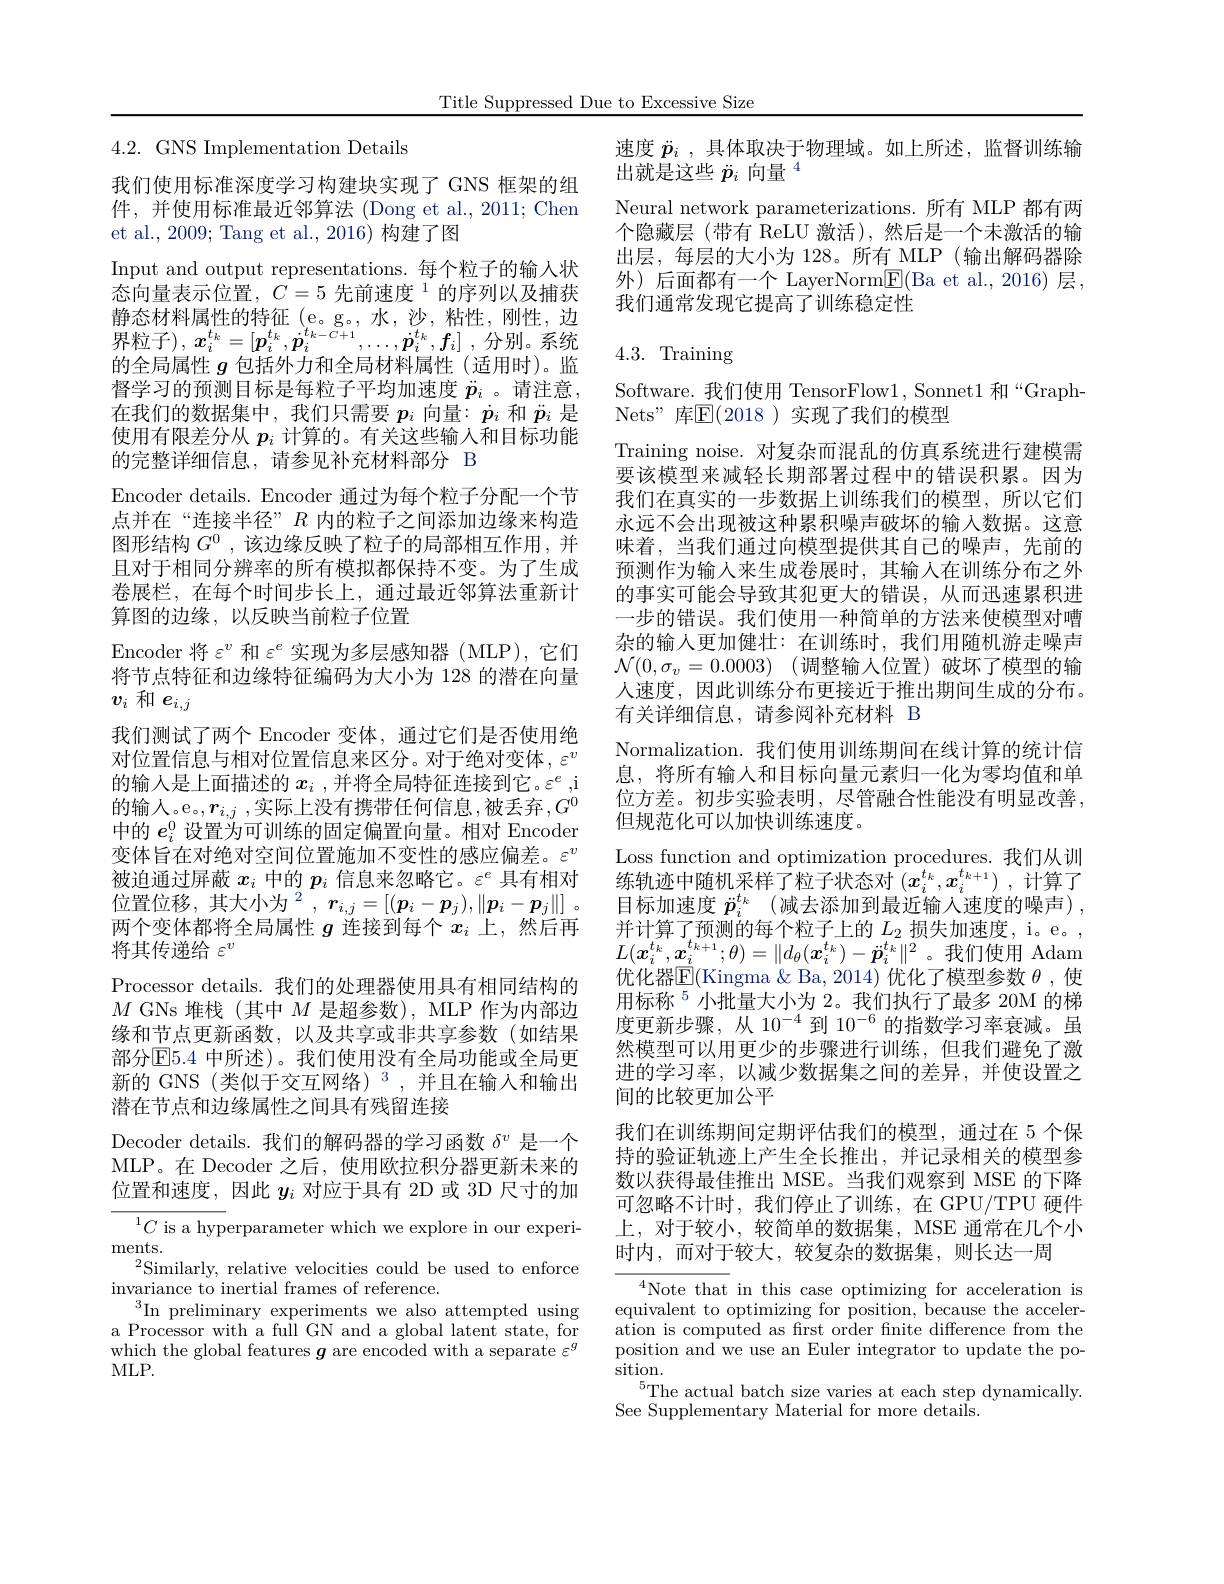
Title Suppressed Due to Excessive Size

$4.2.{\mathrm{~GNS~Implementation~Details}}$

我们使用标准深度学习构建块实现了 GNS 框架的组件，并使用标准最近邻算法 (Dong et al., 2011; Chen et al., 2009; Tang et al., 2016) 构建了图
Input and output representations.每个粒子的输人状态向量表示位置，$C=5\text{ 先前速度}^{1}$的序列以及捕获静态材料属性的特征 (e。g。,水，沙，粘性，刚性，边的全局属性$g$包括外力和全局材料属性(适用时)。监督学习的预测目标是每粒子平均加速度$\ddot{p}_i$ 。请注意， 在我们的数据集中，我们只需要$p_i$向量：$\dot{p}_i$和$\ddot{p}_i$是使用有限差分从$p_i$计算的。有关这些输入和目标功能的完整详细信息，请参见补充材料部分 B
Encoder details. Encoder 通过为每个粒子分配一个节点并在“连接半径”$R$内的粒子之间添加边缘来构造图形结构$G^0$,该边缘反映了粒子的局部相互作用，并且对于相同分辨率的所有模拟都保持不变。为了生成卷展栏，在每个时间步长上，通过最近邻算法重新计算图的边缘，以反映当前粒子位置
Encoder 将$\varepsilon^v$和$\varepsilon^e$实现为多层感知器 (MLP),它们将节点特征和边缘特征编码为大小为 128 的潜在向量$v_i$和$e_i,j$
我们测试了两个 Encoder 变体，通过它们是否使用绝对位置信息与相对位置信息来区分。对于绝对变体，$\varepsilon^v$ 的输入是上面描述的$x_i$ ,并将全局特征连接到它。$\varepsilon^e$,i 的输入。e。$,\boldsymbol{r}_{i,j}$,实际上没有携带任何信息，被丢弃$,G^0$ 中的$e_i^0$设置为可训练的固定偏置向量。相对 Encoder 变体旨在对绝对空间位置施加不变性的感应偏差。$\varepsilon^v$ 被迫通过屏蔽$x_i$中的$p_i$信息来忽略它。$\varepsilon^e$具有相对位置位移，其大小为$^2, \boldsymbol{r}_{i, j}= [ ( \boldsymbol{p}_i- \boldsymbol{p}_j) , \| \boldsymbol{p}_i- \boldsymbol{p}_j\| ]$ 。两个变体都将全局属性$g$连接到每个$x_i$上，然后再将其传递给$\varepsilon^v$
Processor details. 我们的处理器使用具有相同结构的$M$ GNs 堆栈(其中$M$是超参数), MLP 作为内部边缘和节点更新函数，以及共享或非共享参数(如结果部分E5. 4 中所述)。我们使用没有全局功能或全局更新的 GNS (类似于交互网络)$^3$,并且在输入和输出潜在节点和边缘属性之间具有残留连接
Decoder details. 我们的解码器的学习函数$\delta^v$是一个MLP。在 Decoder 之后，使用欧拉积分器更新未来的位置和速度，因此$y_i$对应于具有 2D 或 3D 尺寸的加
${{\overline{C\text{ is a hyp}}}}$erparameter which we explore in our experi-
ments.

$^2$Similarly, relative velocities could be used to enforce
invariance to inertial frames of reference.
$^{3}$In preliminary experiments we also attempted using a Processor with a full GN and a global latent state, for which the global features $\boldsymbol{g}$ are encoded with a separate $\varepsilon^g$ MLP.

速度$\ddot{p} _i$ ,具体取决于物理域。如上所述，监督训练输
出就是这些$\ddot{p}_i\text{ 向量 }^4$
Neural network parameterizations.所有 MLP 都有两个隐藏层(带有 ReLU 激活),然后是一个未激活的输出层，每层的大小为 128。所有 MLP(输出解码器除外)后面都有一个 LayerNorm$\underline{\mathrm{E}}($Ba et al.,2016)层， 我们通常发现它提高了训练稳定性

# 4.3. Training

Software. 我们使用 TensorFlow1, Sonnet1 和“Graph-
Nets" 库E(2018)实现了我们的模型

Training noise. 对复杂而混乱的仿真系统进行建模需要该模型来减轻长期部署过程中的错误积累。因为我们在真实的一步数据上训练我们的模型，所以它们永远不会出现被这种累积噪声破坏的输入数据。这意味着，当我们通过向模型提供其自己的噪声，先前的预测作为输入来生成卷展时，其输入在训练分布之外的事实可能会导致其犯更大的错误，从而迅速累积进一步的错误。我们使用一种简单的方法来使模型对嘈杂的输入更加健壮：在训练时，我们用随机游走噪声$\mathcal{N} ( 0, \sigma _v= 0. 0003)$ (调整输入位置)破坏了模型的输人速度，因此训练分布更接近于推出期间生成的分布。有关详细信息，请参阅补充材料 B
Normalization. 我们使用训练期间在线计算的统计信息，将所有输入和目标向量元素归一化为零均值和单位方差。初步实验表明，尽管融合性能没有明显改善， 但规范化可以加快训练速度。
Loss function and optimization procedures. 我们从训$\bar{\text{练轨迹中随机采样了粒子状态对 }(x_i^{t_k},x_i^{t_{k+1}})}$,计算了目标加速度 $\ddot{p} _i^{t_k}$ (减去添加到最近输入速度的噪声), 并计算了预测的每个粒子上的$L_2$损失加速度，i。e。, $L(x_{i}^{t_{k}},x_{i}^{t_{k+1}};\theta)=\|d_{\theta}(\boldsymbol{x}_{i}^{t_{k}})-\ddot{p}_{i}^{t_{k}}\|^{2}$。我们使用 Adam 优化器$\overline{\mathbb{E}}($Kingma & Ba, 2014) 优化了模型参数 $\theta$, 使用标称$^{5}$小批量大小为 2。我们执行了最多 20M 的梯度更新步骤，从 10$^{-4}$到 10$^{-6}$的指数学习率衰减。虽然模型可以用更少的步骤进行训练，但我们避免了激进的学习率，以减少数据集之间的差异，并使设置之间的比较更加公平
我们在训练期间定期评估我们的模型，通过在 5 个保持的验证轨迹上产生全长推出，并记录相关的模型参数以获得最佳推出 MSE。当我们观察到 MSE 的下降可忽略不计时，我们停止了训练，在 GPU/TPU 硬件上，对于较小，较简单的数据集，MSE 通常在几个小时内，而对于较大，较复杂的数据集，则长达一周
$^{4}$Note that in this case optimizing for acceleration is

equivalent to optimizing for position, because the acceleration is computed as frst order fnite difference from the position and we use an Euler integrator to update the position.
$^{5}$The actual batch size varies at each step dynamically.
See Supplementary Material for more details.